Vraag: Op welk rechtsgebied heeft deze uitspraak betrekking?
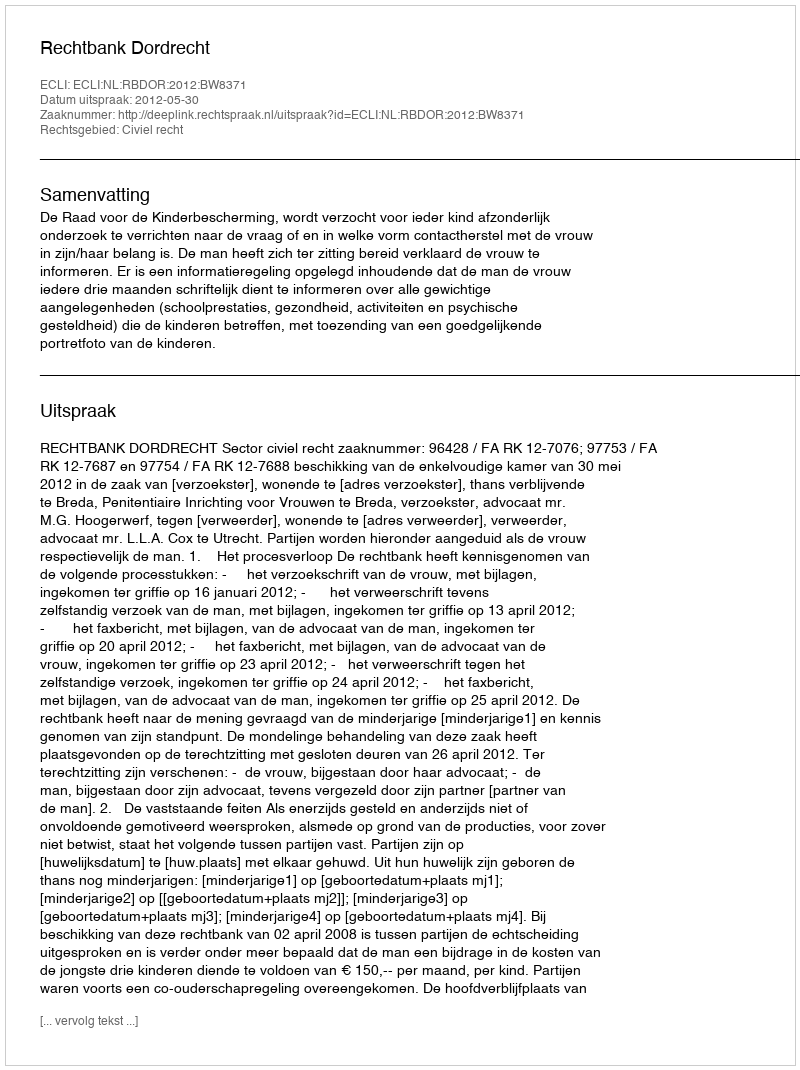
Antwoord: Civiel recht